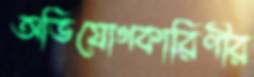
অভিযোগকারিণীর